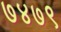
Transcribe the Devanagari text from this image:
७४७९